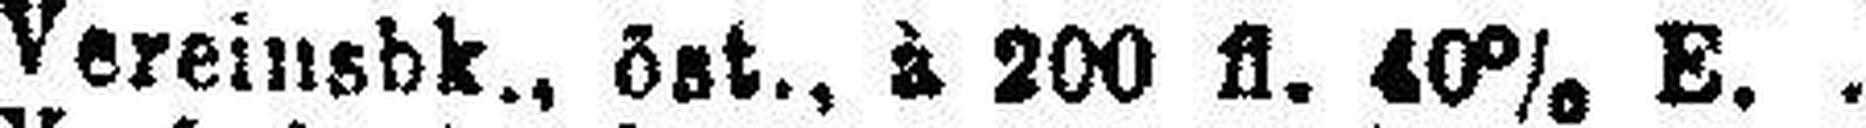
Vereinsbk., öst., à 200 fl. 40% E.